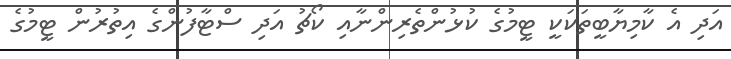
އަދި އެ ކާމިޔާބީތަކަކީ ޓީމުގެ ކުޅުންތެރިންނާއި ކޯޗު އަދި ސްޓާފުންގެ އިތުރުން ޓީމުގެ